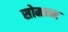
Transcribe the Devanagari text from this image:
सोमन्न